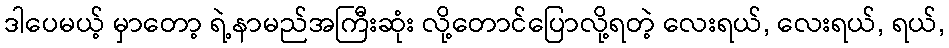
ဒါပေမယ့် မှာတော့ ရဲ့နာမည်အကြီးဆုံး လို့တောင်ပြောလို့ရတဲ့ လေးရယ်, လေးရယ်, ရယ်,